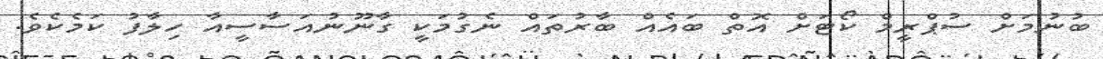
ބުނުމަށް ސުޕްރީމް ކޯޓަށް އޮތް ބައެއް ބާރުތައް ނެގުމަކީ ގާނޫނުއަސާސީއާ ހިލާފު ކަމެކެވެ.